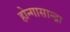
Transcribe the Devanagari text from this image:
होन्गासान्द्रा